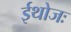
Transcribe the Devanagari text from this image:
ईथोजः